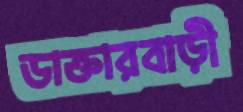
ডাক্তারবাড়ী